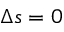
\Delta s = 0